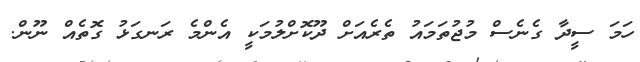
ހަމަ ސީދާ ގެނެސް މުޖުތަމައު ތެރެއަށް ދޫކޮށްލުމަކީ އެންމެ ރަނގަޅު ގޮތެއް ނޫން.